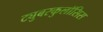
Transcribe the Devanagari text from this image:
ट्युबरकुलॉसिस